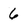
Character: 6